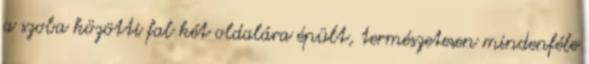
a szoba közötti fal két oldalára épült, természetesen mindenféle